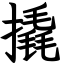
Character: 撬